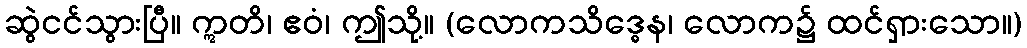
ဆွဲငင်သွားပြီ။ ဣတိ၊ ဧဝံ၊ ဤသို့။ (လောကသိဒ္ဓေန၊ လောက၌ ထင်ရှားသော။)